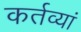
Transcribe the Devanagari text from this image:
कर्तव्यां